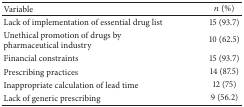
| Variable | n (%) |
 | --- | --- |
 | Lack of implementation of essential drug list | 15 (93.7) |
 | Unethical promotion of drugs bypharmaceutical industry | 10 (62.5) |
 | Financial constraints | 15 (93.7) |
 | Prescribing practices | 14 (87.5) |
 | Inappropriate calculation of lead time | 12 (75) |
 | Lack of generic prescribing | 9 (56.2) |